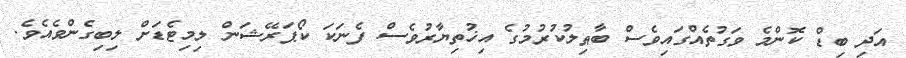
އަދި ބިޑް ކޮންމެ ވަގުތެއްގައިވެސް ބާޠިލުކުރުމުގެ އިޚުތިޔާރުވެސް ފެނަކަ ކޯޕަރޭޝަން ލިމިޓެޑަށް ލިބިގެންވެއެވެ.